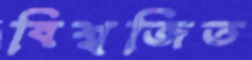
বিশ্বজিত